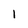
Character: I